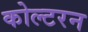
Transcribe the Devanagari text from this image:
कोल्टरन